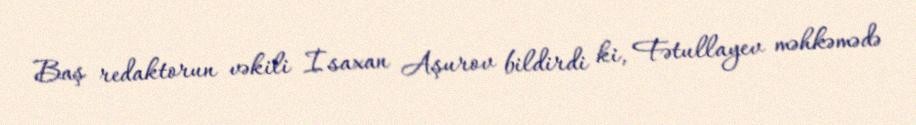
Baş redaktorun vəkili İsaxan Aşurov bildirdi ki, Fətullayev məhkəmədə